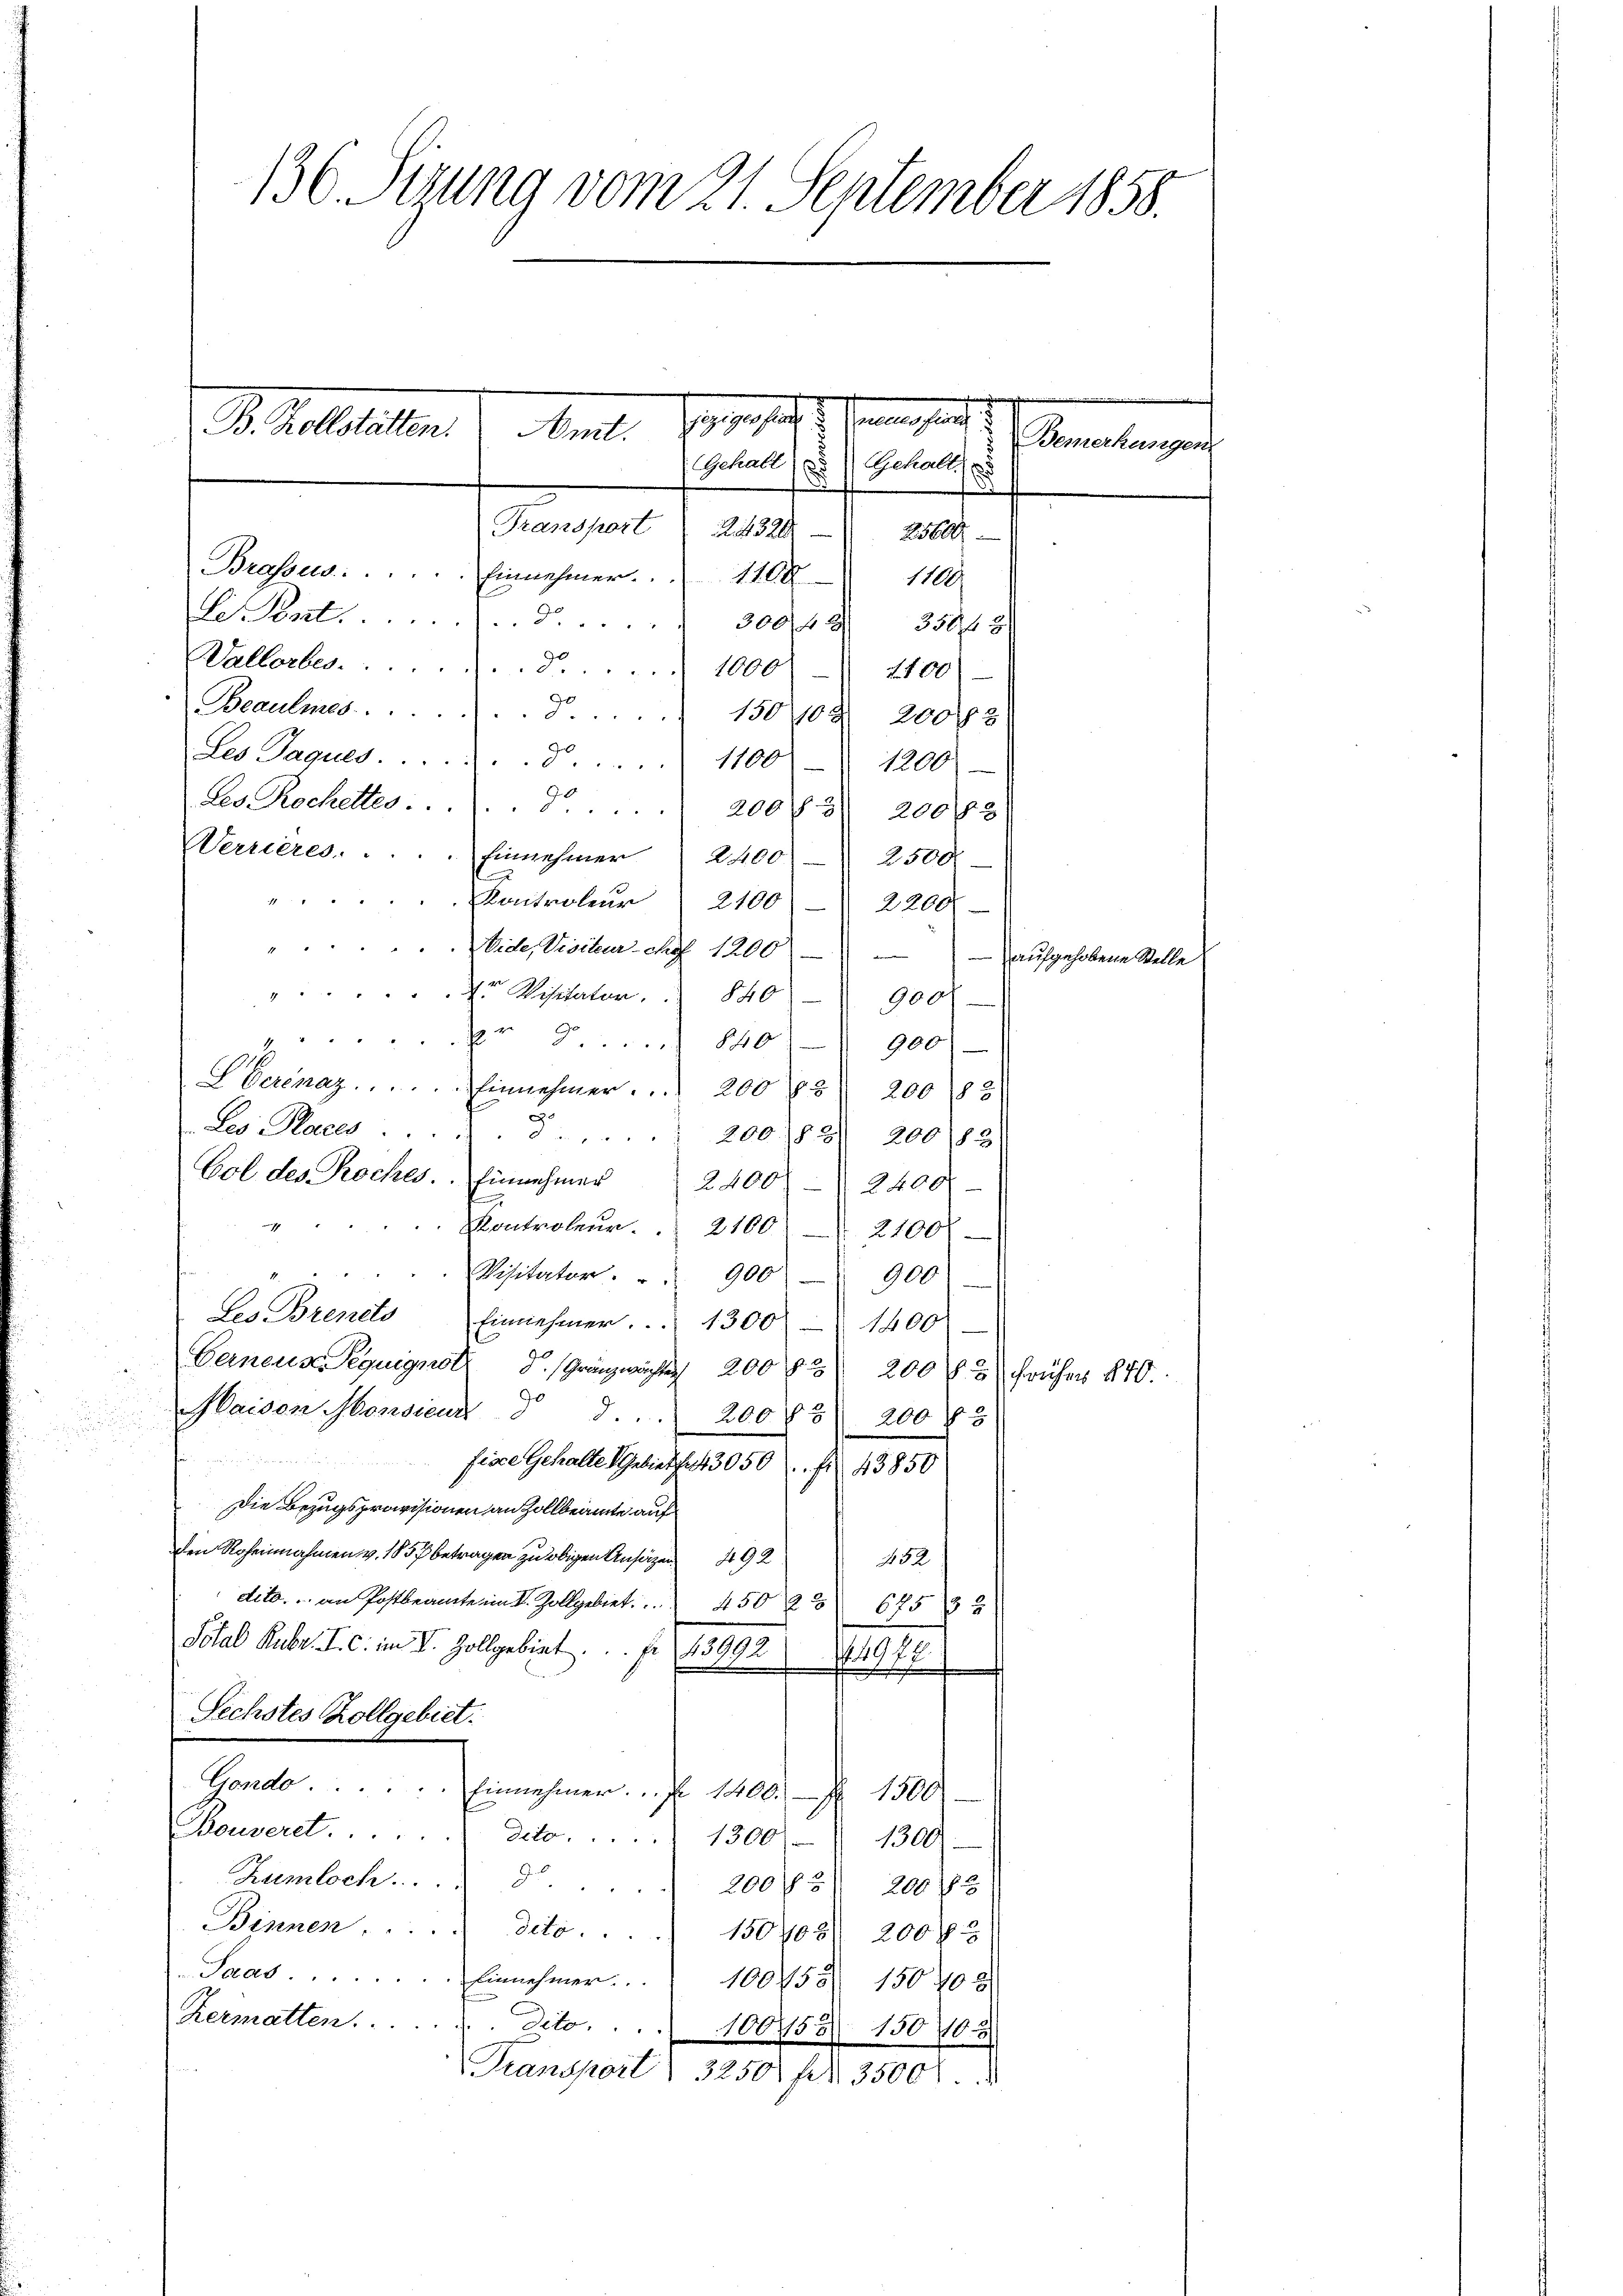
130. Sezung vom 21. September 1858.

Meist, es gesetzes eine heute
D. Kelletter
Gehall) u. Gehalte
.
Transport     2320
25600
Brasses.  ..  ..  ..  ..  .   Einnehmer. . . 1108
1100.
e ent . . . . . . . . . . . . . . . . . 300 fl 350 f 2
Wallorbes. § 1000
1100

Beaumes....
D. 150402. 20043
Les Paques. S. 1100
1200
Les. Rochelter . . 200 f. 3 200 f 3
Werrieres . . . . . Einnehmer 2400) 2500.
.
4
Kontroleur  2100 2200
Nide, Visite chef 1200 - 10
Der Visitaten  840
900
pr 840
900
Scenaz. . . . . . . . . . Einnehmer.    200 f 200 82
.
Les Places.
 200. 188. 200182)
Col des Koches. Einnehmer 2400 - 2400

Kontroleur.  2100 21000
Visitator. " " 900 900
Les Brenes Einnehmer. ... 1300 - 1400
Gerneue Reguigno d. Gränzwachter 200 f 200 f. 3 früher 840.
Maisen Monsieur      200 f 3 200 fl 3
.
fisce Gehalte Gebiete 3050 f 43850
Die Bezugsprävisionen an Zollbeamte auf
den Roheinnahmen v. 1857 betragen zu obigen Ansagen 492
452
dito.  an Postbeamte im V. Zollgebiet. 4502 625 32
Total Huber. I. c. im V. Zollgebiet . . . 15992
 18
Sechstes Zollgebiet.
Gondo.  ..  ..  ..  ..  Einnehmer.  1400. 1500
Bauveret . . . . . . . . . . . . . dato 1300 fr
1307.
Rumloch . . . . . 200 fl. 3 200
Binnen . . . . . dito . . . . 150408. 200
Saas . . . . . . . . . . . . . Einnehmer. . . 100755 150 40 2
Hermatten.  ..  ..  ...dito. . . 100753. 150103
Transport 3250 fl 3500

Bemerkung

ufgehobene Stelle